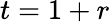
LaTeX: t=1+r